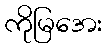
ကိုမြအေး